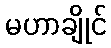
မဟာချိုင်